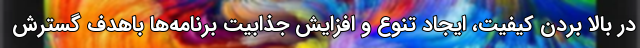
در بالا بردن کیفیت، ایجاد تنوع و افزایش جذابیت برنامه‌ها باهدف گسترش